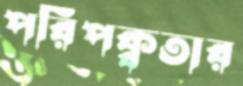
পরিপক্বতার